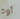
أوه